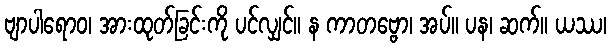
ဗျာပါရောဝ၊ အားထုတ်ခြင်းကို ပင်လျှင်။ န ကာတဗ္ဗော၊ အပ်။ ပန၊ ဆက်။ ယဿ၊